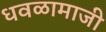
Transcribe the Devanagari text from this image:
धवळामाजी